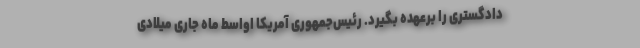
دادگستری را برعهده بگیرد. رئیس‌جمهوری آمریکا اواسط ماه جاری میلادی